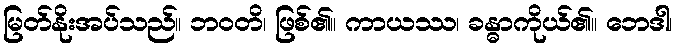
မြတ်နိုးအပ်သည်။ ဘဝတိ၊ ဖြစ်၏။ ကာယဿ၊ ခန္ဓာကိုယ်၏။ ဘေဒါ၊